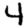
Digit: 4